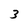
Character: 3